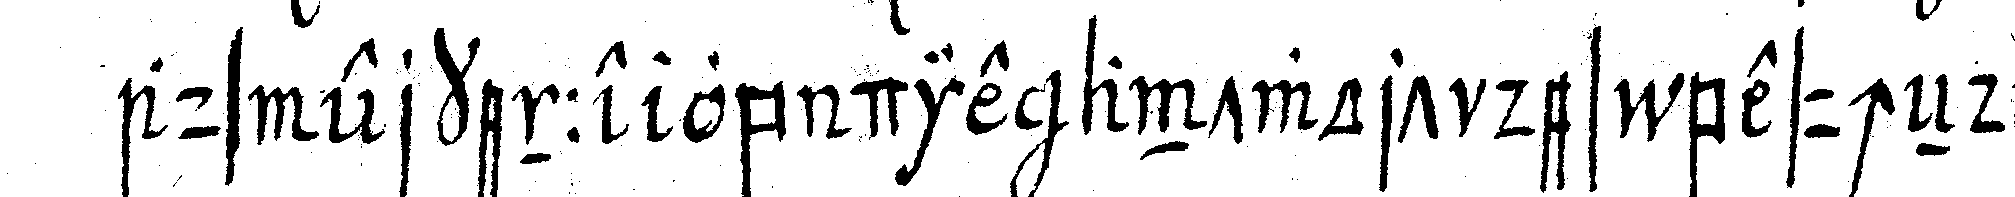
aus erkenne ob die antwort des besucheNdeN